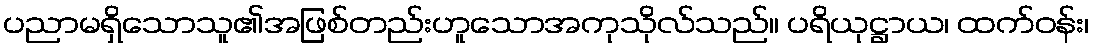
ပညာမရှိသောသူ၏အဖြစ်တည်းဟူသောအကုသိုလ်သည်။ ပရိယုဋ္ဌာယ၊ ထက်ဝန်း၊